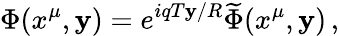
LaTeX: \Phi(x^{\mu},\mathbf{y})=e^{iqT\mathbf{y}/R}\widetilde{\Phi}(x^{\mu},\mathbf{y})\, ,